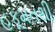
હકૂમતથી